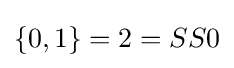
\{0,1\}=2=SS0